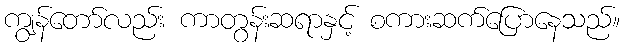
ကျွန်တော်လည်း ကာတွန်းဆရာနှင့် စကားဆက်ပြောနေသည်။